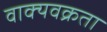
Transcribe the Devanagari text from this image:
वाक्यवक्रता